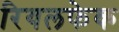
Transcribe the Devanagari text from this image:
रियलफेक